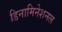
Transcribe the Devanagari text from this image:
डिनामिनेशनल